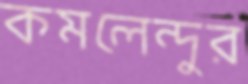
কমলেন্দুর